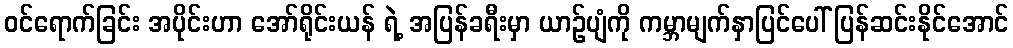
ဝင်ရောက်ခြင်း အပိုင်းဟာ အော်ရိုင်းယန် ရဲ့ အပြန်ခရီးမှာ ယာဉ်ပျံကို ကမ္ဘာမျက်နှာပြင်ပေါ် ပြန်ဆင်းနိုင်အောင်